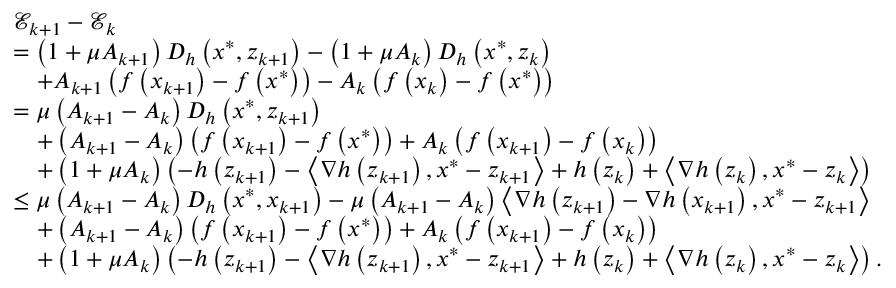
\begin{array} { r l } & { \mathcal { E } _ { k + 1 } - \mathcal { E } _ { k } } \\ & { = \left( 1 + \mu A _ { k + 1 } \right) D _ { h } \left( x ^ { * } , z _ { k + 1 } \right) - \left( 1 + \mu A _ { k } \right) D _ { h } \left( x ^ { * } , z _ { k } \right) } \\ & { \quad + A _ { k + 1 } \left( f \left( x _ { k + 1 } \right) - f \left( x ^ { * } \right) \right) - A _ { k } \left( f \left( x _ { k } \right) - f \left( x ^ { * } \right) \right) } \\ & { = \mu \left( A _ { k + 1 } - A _ { k } \right) D _ { h } \left( x ^ { * } , z _ { k + 1 } \right) } \\ & { \quad + \left( A _ { k + 1 } - A _ { k } \right) \left( f \left( x _ { k + 1 } \right) - f \left( x ^ { * } \right) \right) + A _ { k } \left( f \left( x _ { k + 1 } \right) - f \left( x _ { k } \right) \right) } \\ & { \quad + \left( 1 + \mu A _ { k } \right) \left( - h \left( z _ { k + 1 } \right) - \left\langle \nabla h \left( z _ { k + 1 } \right) , x ^ { * } - z _ { k + 1 } \right\rangle + h \left( z _ { k } \right) + \left\langle \nabla h \left( z _ { k } \right) , x ^ { * } - z _ { k } \right\rangle \right) } \\ & { \leq \mu \left( A _ { k + 1 } - A _ { k } \right) D _ { h } \left( x ^ { * } , x _ { k + 1 } \right) - \mu \left( A _ { k + 1 } - A _ { k } \right) \left\langle \nabla h \left( z _ { k + 1 } \right) - \nabla h \left( x _ { k + 1 } \right) , x ^ { * } - z _ { k + 1 } \right\rangle } \\ & { \quad + \left( A _ { k + 1 } - A _ { k } \right) \left( f \left( x _ { k + 1 } \right) - f \left( x ^ { * } \right) \right) + A _ { k } \left( f \left( x _ { k + 1 } \right) - f \left( x _ { k } \right) \right) } \\ & { \quad + \left( 1 + \mu A _ { k } \right) \left( - h \left( z _ { k + 1 } \right) - \left\langle \nabla h \left( z _ { k + 1 } \right) , x ^ { * } - z _ { k + 1 } \right\rangle + h \left( z _ { k } \right) + \left\langle \nabla h \left( z _ { k } \right) , x ^ { * } - z _ { k } \right\rangle \right) . } \end{array}